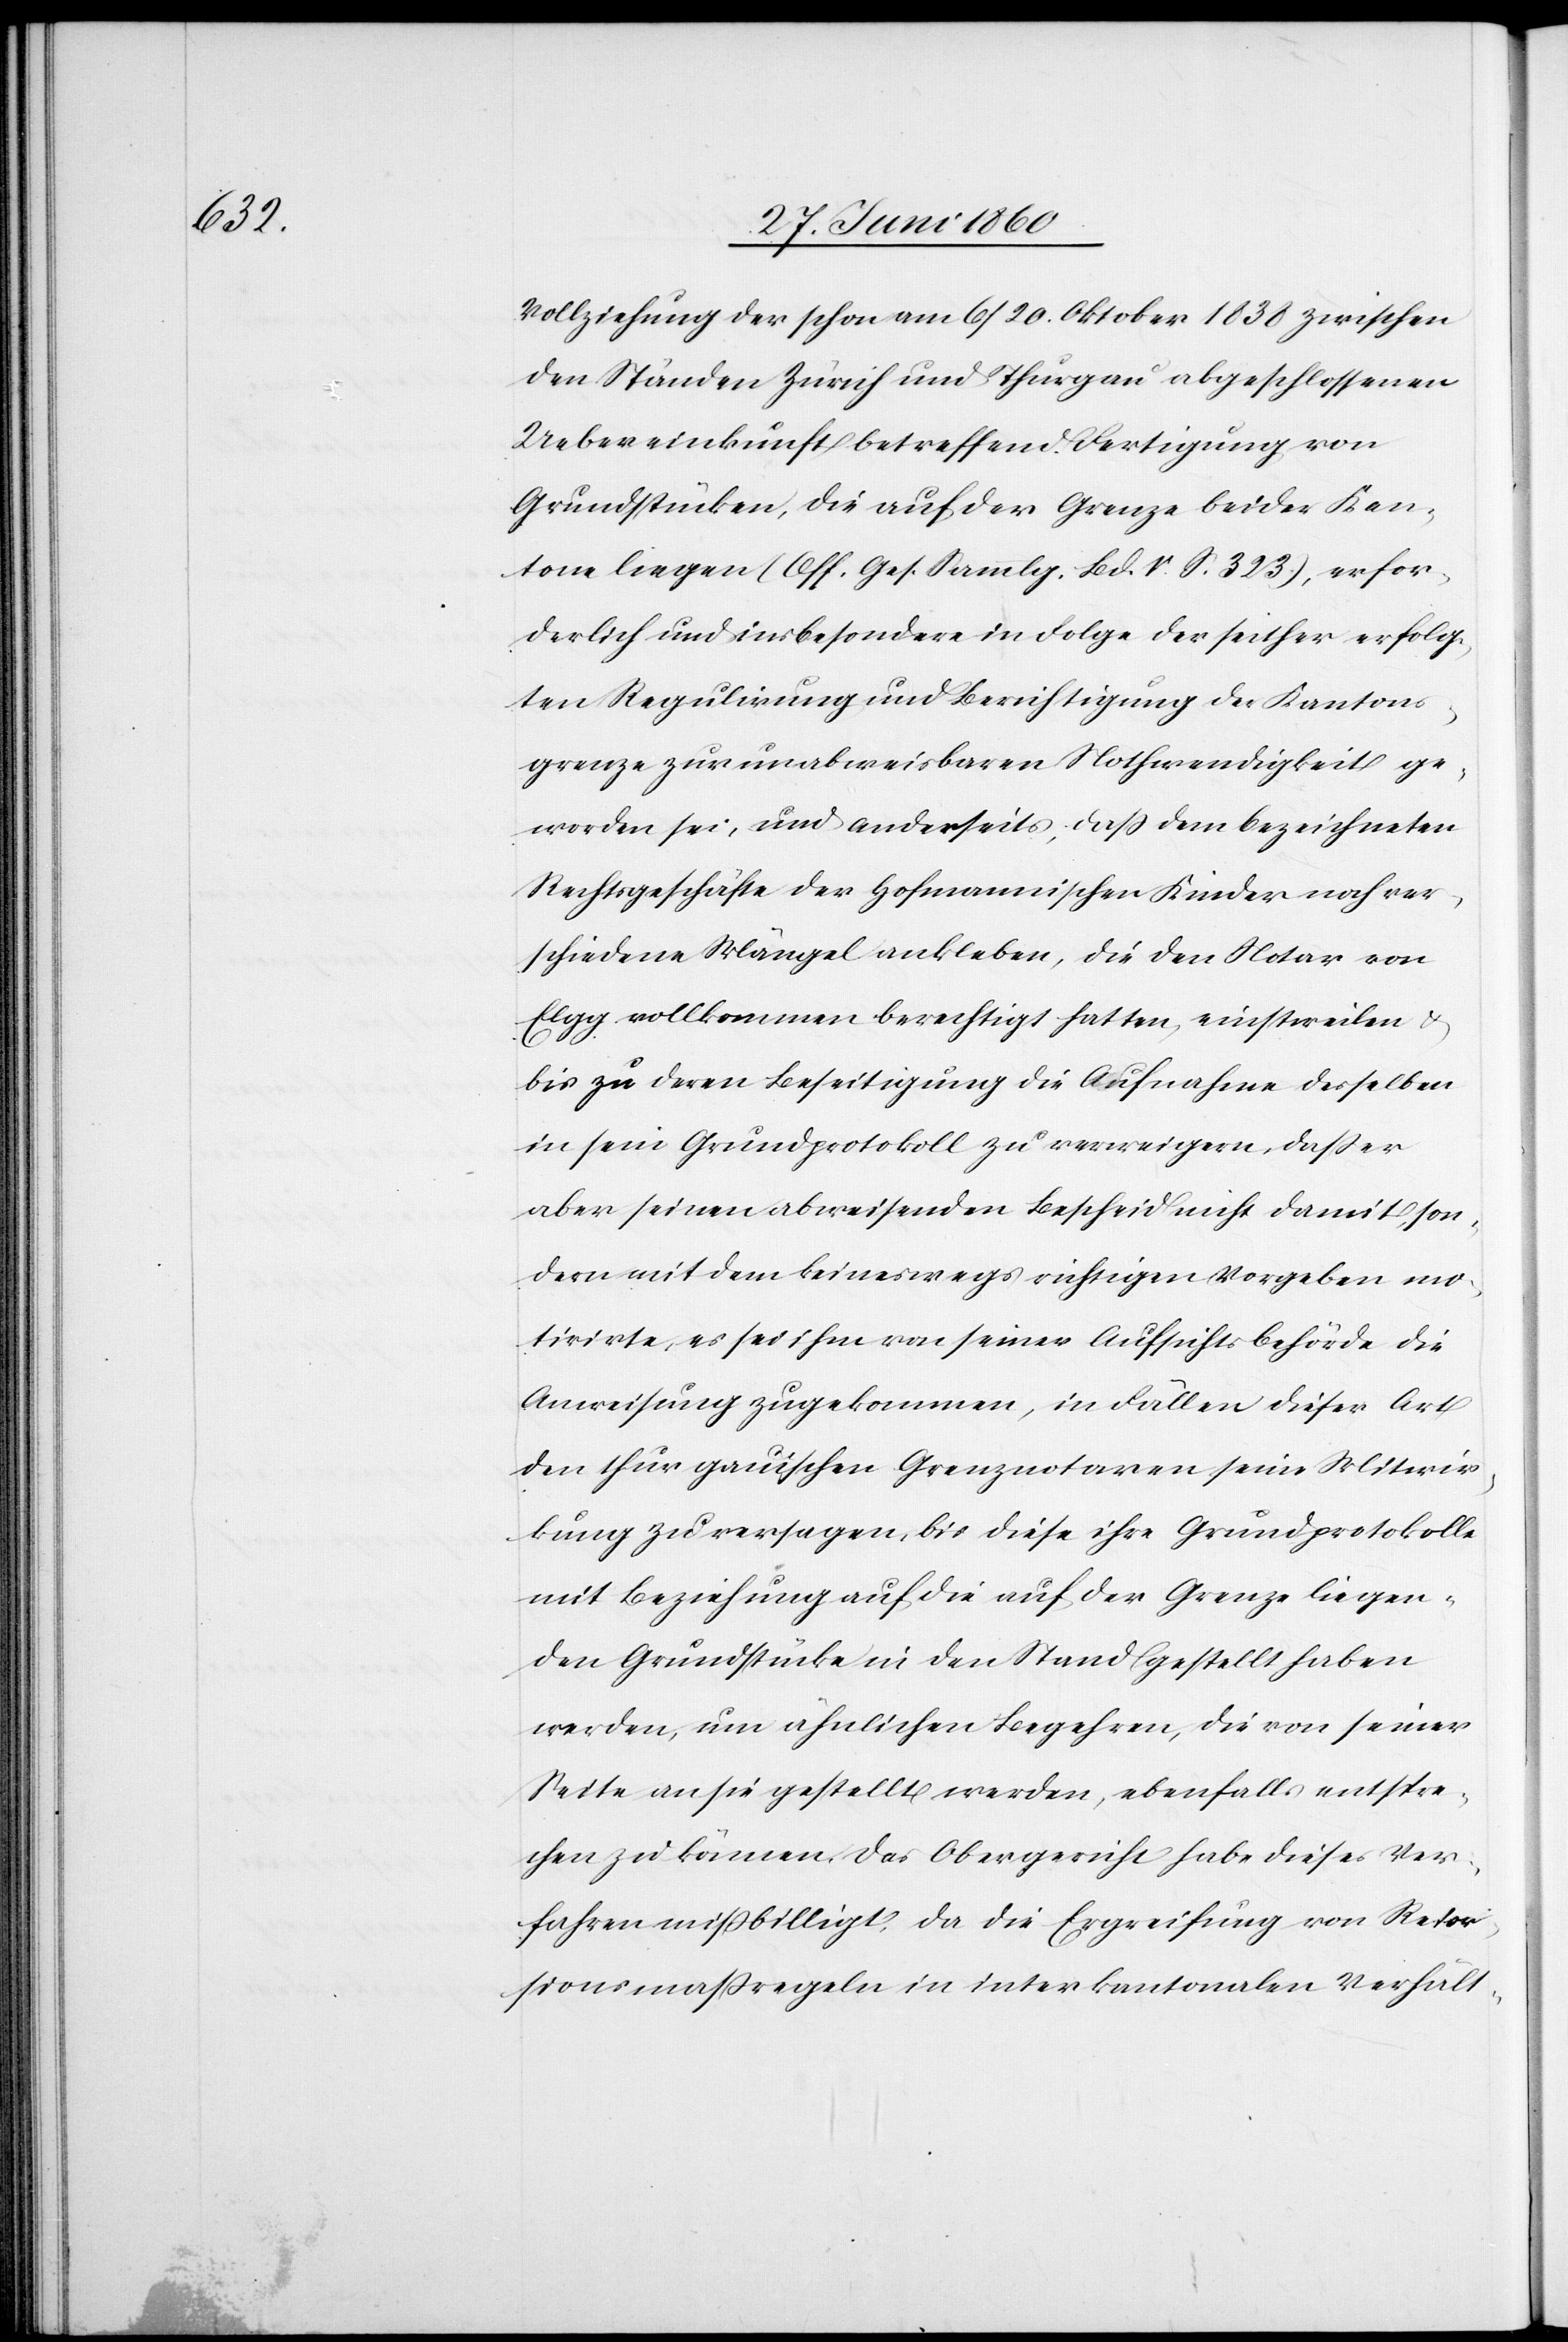
Vollziehung der schon am 6/20. Oktober 1838 zwischen
den Ständen Zürich und Thurgau abgeschlossenen
Uebereinkunft betreffend Fertigung von
Grundstücken, die auf der Grenze beider Kan¬
tone liegen (Off. Ges. Sammlg. Bd. V. S. 323.), erfor¬
derlich und insbesondere in Folge der seither erfolg¬
ten Regulirung und Berichtigung der Kantons¬
grenze zur unabweisbaren Nothwendigkeit ge¬
worden sei, und anderseits, dass dem bezeichneten
Rechtsgeschäfte der Hofmannischen Kinder noch ver¬
schiedene Mängel ankleben, die den Notar von
Elgg vollkommen berechtigt hatten, einstweilen u.
bis zu deren Beseitigung die Aufnahme desselben
in sein Grundprotokoll zu verweigern, dass er
aber seinen abweisenden Bescheid nicht damit, son¬
dern mit dem keineswegs richtigen Vorgeben mo¬
tivirte, es sei ihm von seiner Aufsichtsbehörde die
Anweisung zugekommen, in Fällen dieser Art
den thurgauischen Grenznotaren seine Mitwir¬
kung zu versagen, bis diese ihre Grundprotokolle
mit Beziehung auf die auf der Grenze liegen¬
den Grundstücke in den Stand gestellt haben
werden, um ähnlichen Begehren, die von seiner
Seite an sie gestellt werden, ebenfalls entspre¬
chen zu können, das Obergericht habe dieses Ver¬
fahren mißbilligt, da die Ergreifung von Retor¬
sionsmassregeln in interkantonalen Verhält-